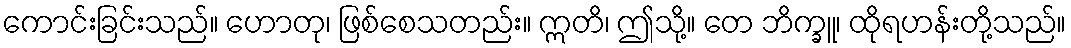
ကောင်းခြင်းသည်။ ဟောတု၊ ဖြစ်စေသတည်း။ ဣတိ၊ ဤသို့။ တေ ဘိက္ခူ၊ ထိုရဟန်းတို့သည်။